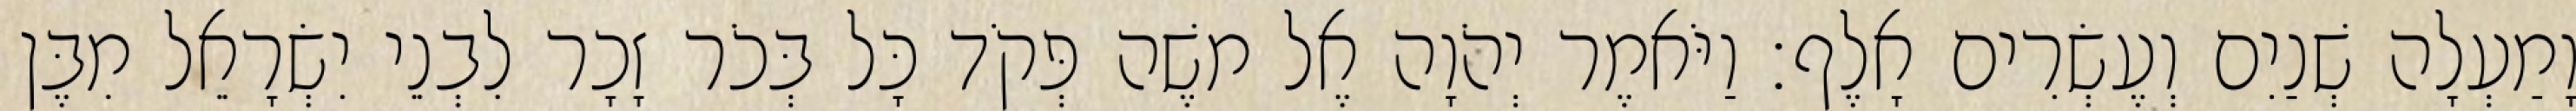
וָמַעְלָה שְׁנַיִם וְעֶשְׂרִים אָלֶף׃ וַיֹּאמֶר יְהֹוָה אֶל משֶׁה פְּקֹד כָּל בְּכֹר זָכָר לִבְנֵי יִשְׂרָאֵל מִבֶּן